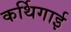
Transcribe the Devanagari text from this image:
कर्थिगाई